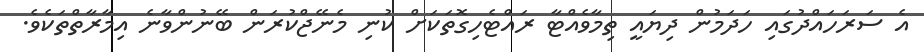
އެ ސަރަހައްދުގައި ހަދަމުން ދިޔައީ ތިމާވެއްޓާ ރައްޓެހިގޮތަކަށް ކުނި މެނޭޖްކުރަން ބޭނުންވާނެ އިމާރާތްތަކެވެ.